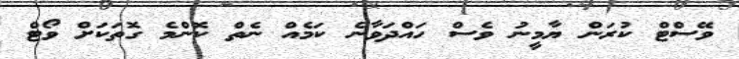
ވޭސްޓް ކުރަން ޔާމީނު ވެސް ހައްދަވާނެ ކަމެއް ނެތް ކޮންމެ ގޮތަކަށް ވޯޓް